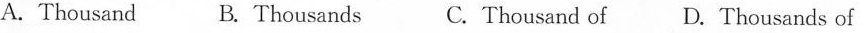
A. Thousand B. Thousands C. Thousand of D. Thousands of